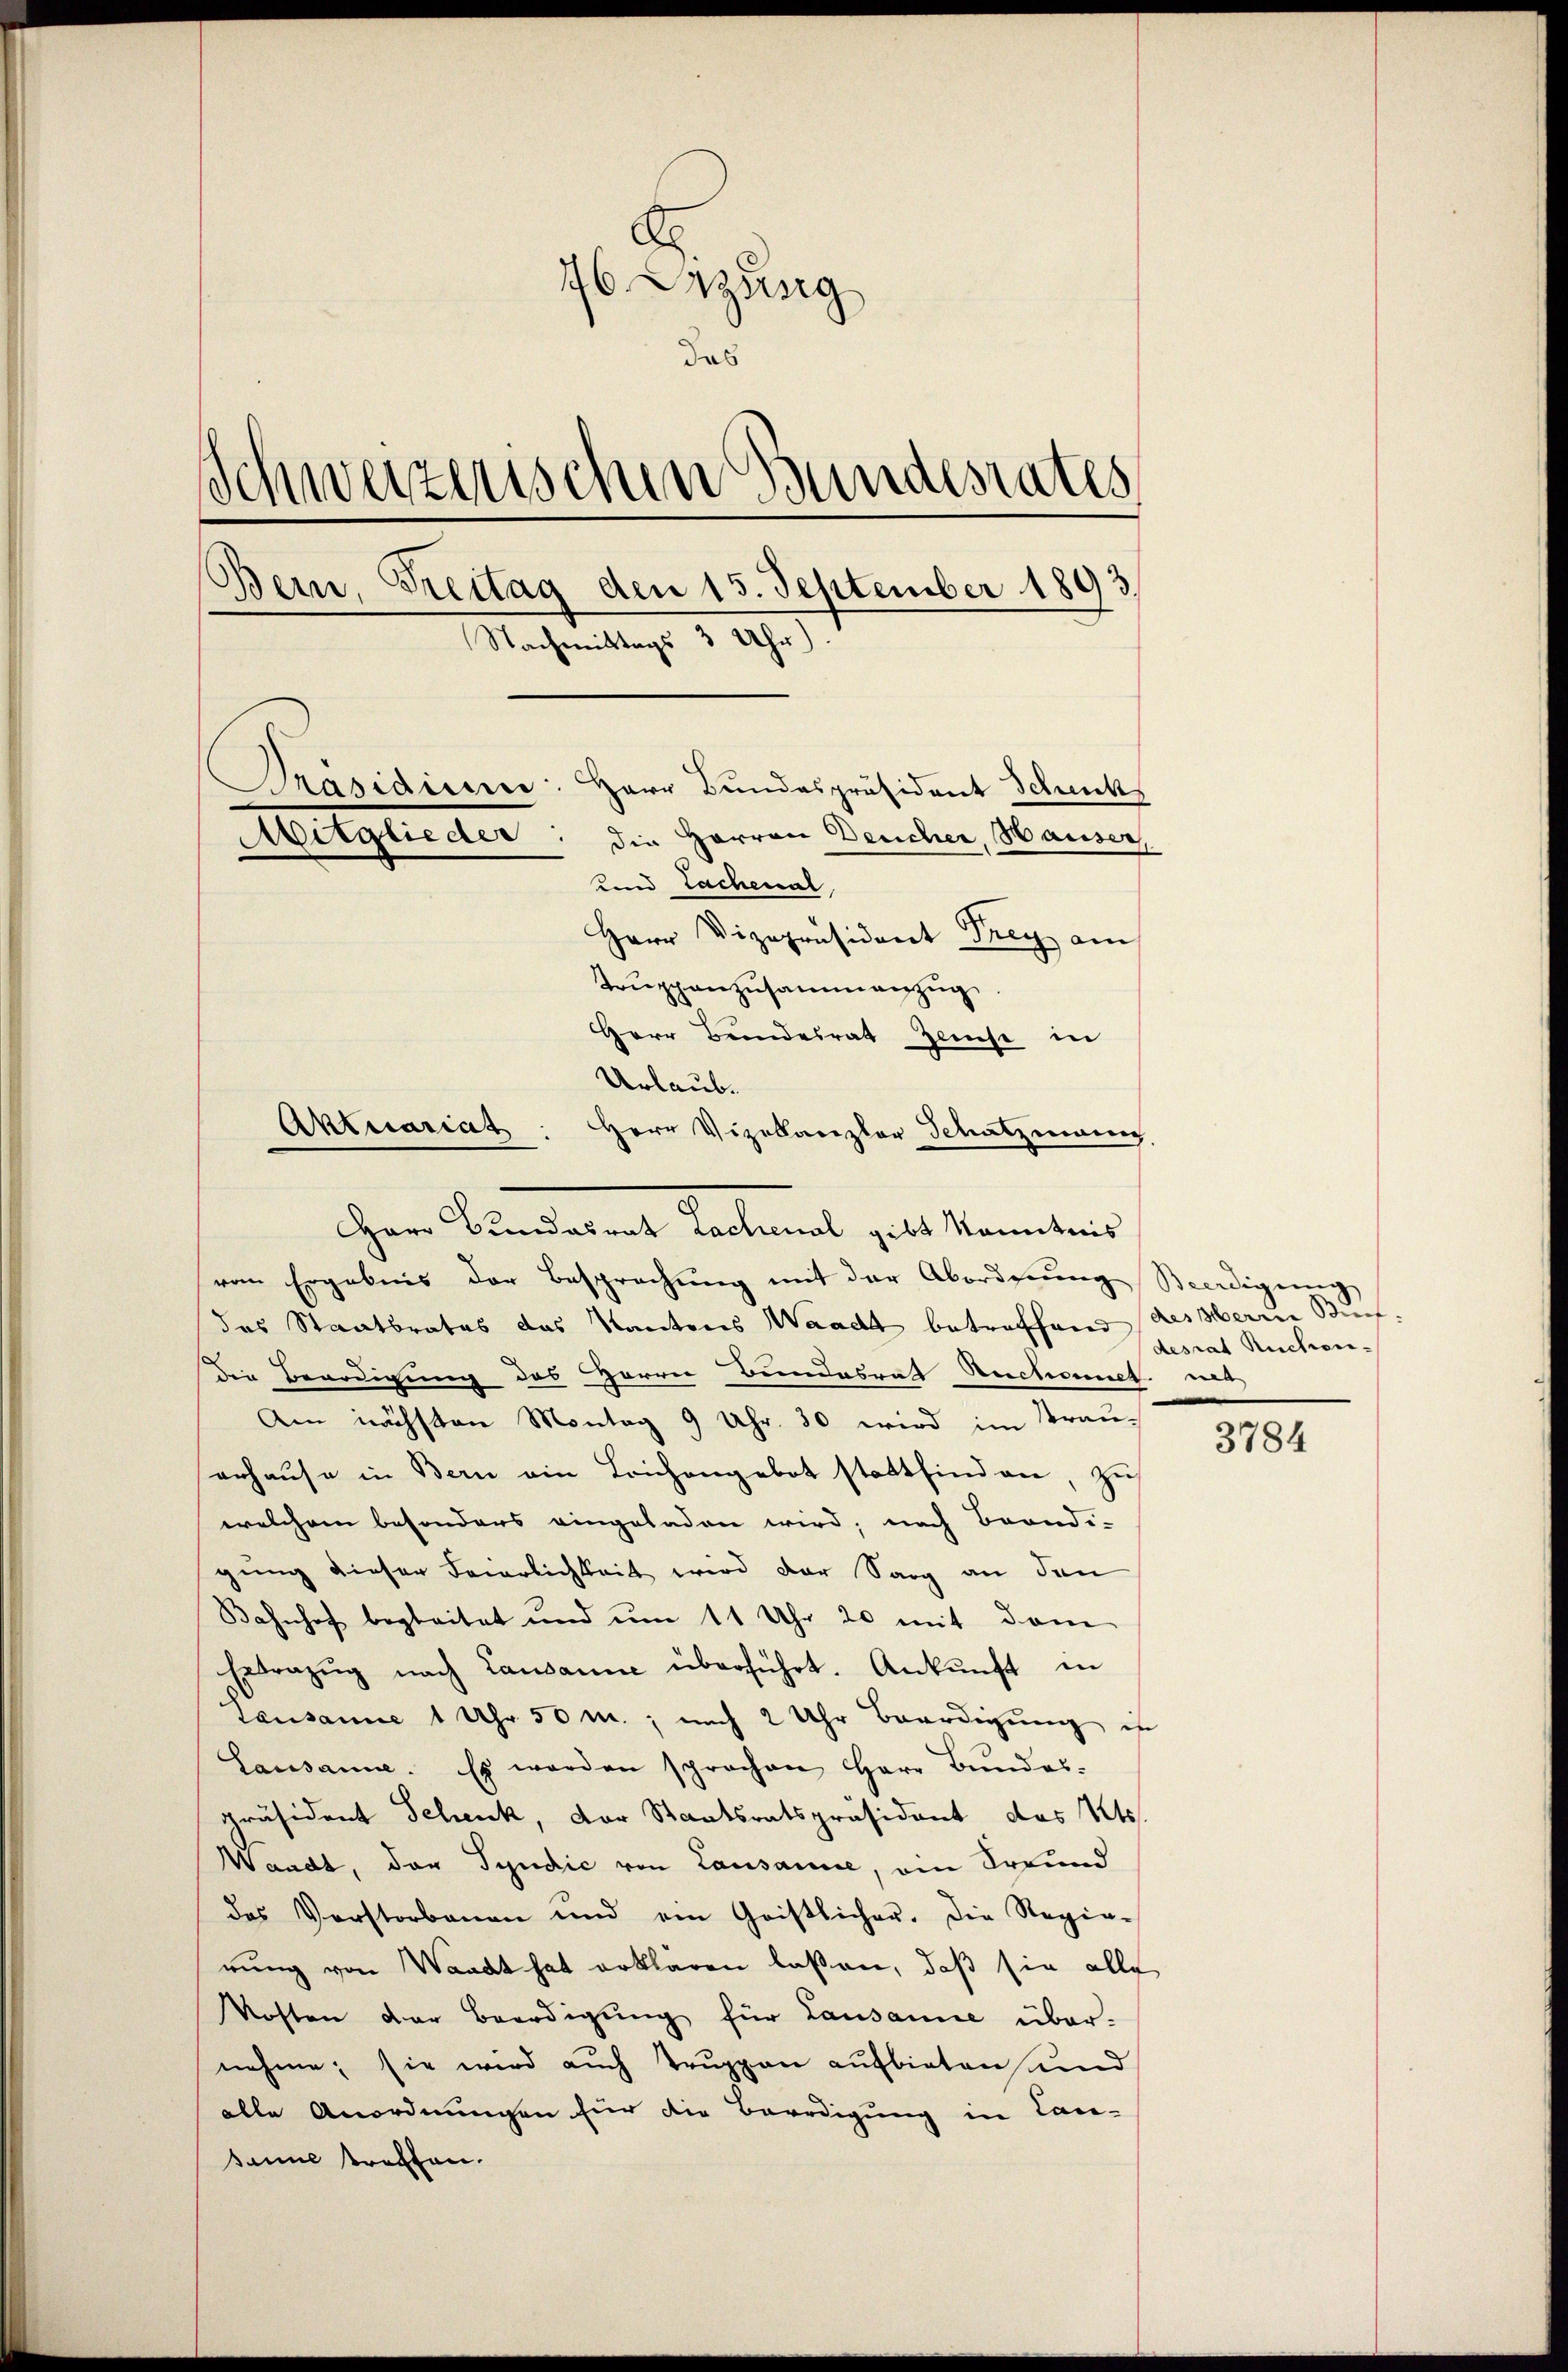
76 Sitzung
das
Schweizerischen Bundesrates
Bein, Freitag den 15. September 1893
Nachmittags 3 Uhr.
Präsidium. Herr Bundespräsident Schenk
Mitglieder: die Herren Deucher, Hauser
und Lachenal,
Herr Vizepräsident Frey am
Trŭppenzusammenzŭg
Herr Bundesrath Hause in

Urlaub.
Aktuariat: Herr Vizekanzler Schatzmann
Harr Bundesrat Lachenal gibt kenntnis
vom Ergebnis der Besprechung mit der Abordnung Sadigung
das Staatsrates das Kantons Waadt betreffend desserin Stief
die Beerdigung des Herrn Bundesrat Rechnet ma
Am nächsten Montag 9 Uhr. 30 wird im Strauerhause in Bern ein Leichengebot stattfind an, zus
welchem besonders eingeladen wird, nach Brondi-
gung dieser Feierlichkeit wird der Sarg an den
Bahnhof begleitet und um 11 Uhr 20 mit dem
Estrazug nach Lausanne überführt. Ankunft in
Lausanne 1 Uhr 50 M., nach 2 Uhr Beerdigung in
Lausanne. Es werden sprachen Herr Bŭndes-
Präsident Schenk, Dor Staatsratspräsident das St.
Waadt, das Syndic von Lausanne, ein Freund
das Verstorbenen und ein Gristlicher. Die Regie-
rung von Waadt hat erklären lassen, daß sie alle
Kosten der Beerdigung für Lausanne über-
nehme; sie wird auch Truppen aufbieten und
alle Anordnungen für die Beerdigung in Can-
sanne treffen.

desrat Ruchen.

3784